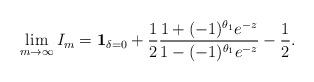
LaTeX: \begin{align*} \lim_{m \to \infty} I_m = \mathbf{1}_{\delta = 0} + \frac{1}{2} \frac{1 +(-1)^{\theta_1} e^{-z}}{1 - (-1)^{\theta_1} e^{-z}} - \frac{1}{2} .\end{align*}